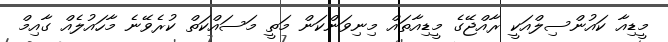
މީޑިއާ ކައުންސިލްއަކީ ރާއްޖޭގެ މީޑިއާތައް މިނިވަންކަން މަތީ މަސައްކަތް ކުރެވޭނެ މާހައުލެއް ގާއިމް